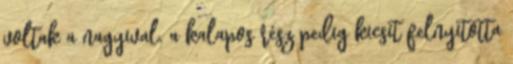
voltak a nagyival. a kalapos rész pedig kicsit felnyitotta